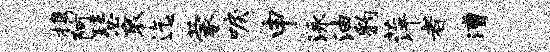
携阿瑟衮迄蒙唳申泳油豹萍者漕